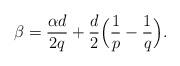
LaTeX: \begin{align*}\beta = \frac{\alpha d}{2q} + \frac{d}{2}\Big(\frac{1}{p}-\frac{1}{q} \Big).\end{align*}